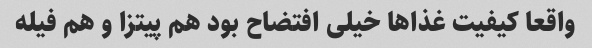
واقعا کیفیت غذاها خیلی افتضاح بود هم پیتزا و هم فیله